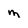
Character: m